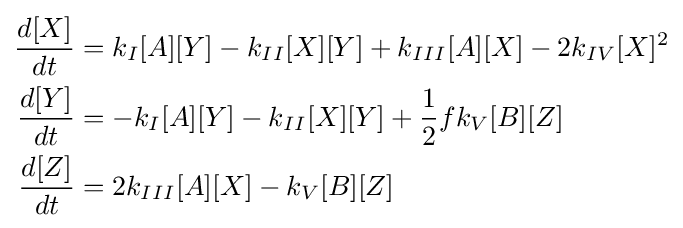
{\begin{aligned}{\frac {d[X]}{dt}}&=k_{I}[A][Y]-k_{II}[X][Y]+k_{III}[A][X]-2k_{IV}[X]^{2}\\{\frac {d[Y]}{dt}}&=-k_{I}[A][Y]-k_{II}[X][Y]+{\frac {1}{2}}fk_{V}[B][Z]\\{\frac {d[Z]}{dt}}&=2k_{III}[A][X]-k_{V}[B][Z]\end{aligned}}